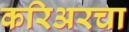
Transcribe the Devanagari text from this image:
करिअरचा